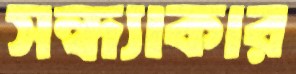
সন্ধ্যাকার